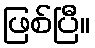
ဖြစ်ပြီ။